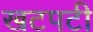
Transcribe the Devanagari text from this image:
खटपटी